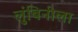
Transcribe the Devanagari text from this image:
लुंबिनीला